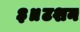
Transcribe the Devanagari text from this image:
३॥टशन